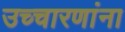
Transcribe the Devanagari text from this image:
उच्चारणांना